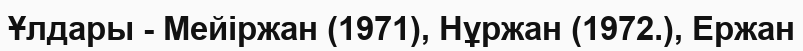
Ұлдары - Мейіржан (1971), Нұржан (1972.), Ержан